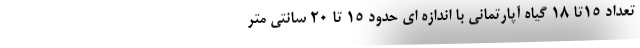
تعداد 15تا 18 گیاه آپارتمانی با اندازه ای حدود 15 تا 20 سانتی متر